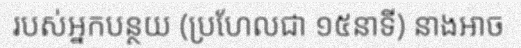
របស់អ្នកបន្ថយ (ប្រហែលជា ១៥នាទី) នាងអាច